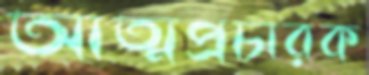
আত্মপ্রচারক